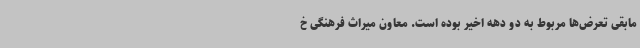
مابقی تعرض‌ها مربوط به دو دهه اخیر بوده است. معاون میراث فرهنگی خ